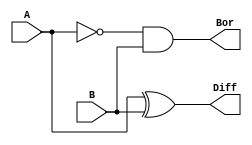
module halfSubstractor(A, B, Diff, Bor); 
input A, B; 
output Diff, Bor; 
wire w1; 

assign Diff = A ^ B; 
assign w1 = ~A; 
assign Bor = w1 & B; 

endmodule

module halfSubstractor_tb;
reg A, B;
wire diff, Borrow; 
halfSubstractor i(A, B, diff, Borrow);
initial 
begin 
        A = 1'b0;
        B = 1'b0; 
$monitor("time=%0t, a = %b, b = %b, Diff = %b, Carry = %b" , $time, A , B , diff , Borrow);
#5 A=1'b0; B=1'b0;
#5 A=1'b0; B=1'b1;
#5 A=1'b1; B=1'b0;
#5 A=1'b1; B=1'B1;
end
endmodule